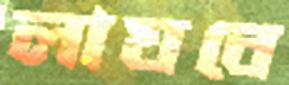
লাঘবে